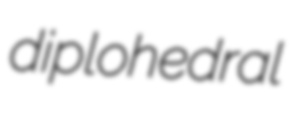
diplohedral